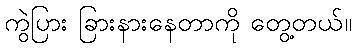
ကွဲပြား ခြားနားနေတာကို တွေ့တယ်။